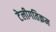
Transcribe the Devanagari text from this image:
टेलीगतिक्रम